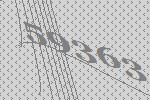
59363